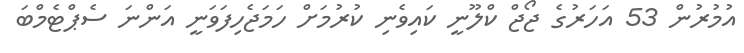
އުމުރުން 53 އަހަރުގެ ޖޯޖް ކްލޫނީ ކައިވެނި ކުރުމަށް ހަމަޖެހިފަވަނީ އަންނަ ސެޕްޓެމްބަ